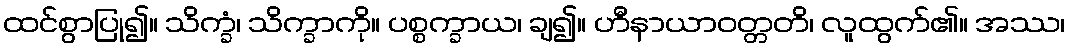
ထင်စွာပြု၍။ သိက္ခံ၊ သိက္ခာကို။ ပစ္စက္ခာယ၊ ချ၍။ ဟီနာယာဝတ္တတိ၊ လူထွက်၏။ အဿ၊